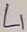
Text: L1